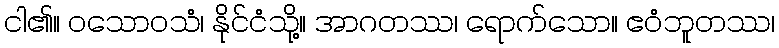
ငါ၏။ ဝသောဝသံ၊ နိုင်ငံသို့။ အာဂတဿ၊ ရောက်သော။ ဧဝံဘူတဿ၊